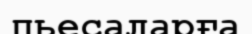
пьесаларға